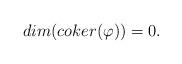
LaTeX: \begin{align*}dim(coker(\varphi))=0.\end{align*}